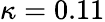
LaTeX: \kappa=0.11